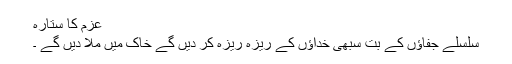
عزم کا ستارہ
سلسلے جفاؤں کے بت سبھی خداؤں کے ریزہ ریزہ کر دیں گے خاک میں ملا دیں گے ۔